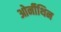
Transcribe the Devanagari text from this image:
ओर्नीथिन